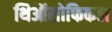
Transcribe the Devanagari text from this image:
थिऑसोफिकल